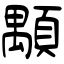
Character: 顒